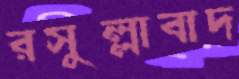
রসুল্লাবাদ